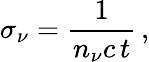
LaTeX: \sigma_{\nu}=\frac{1}{n_{\nu}c\, t}\, ,